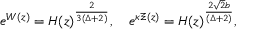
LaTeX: e ^ { W ( z ) } = { \cal H } ( z ) ^ { \frac { 2 } { 3 ( \Delta + 2 ) } } , \quad e ^ { \kappa \Xi ( z ) } = { \cal H } ( z ) ^ { \frac { 2 \sqrt { 2 } b } { ( \Delta + 2 ) } } ,